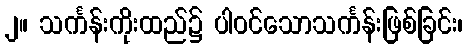
၂။ သင်္ကန်းကိုးထည်၌ ပါဝင်သောသင်္ကန်းဖြစ်ခြင်း၊